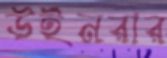
উইনরার